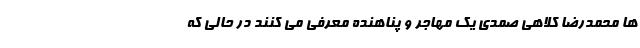
ها محمدرضا کلاهی صمدی یک مهاجر و پناهنده معرفی می کنند در حالی که